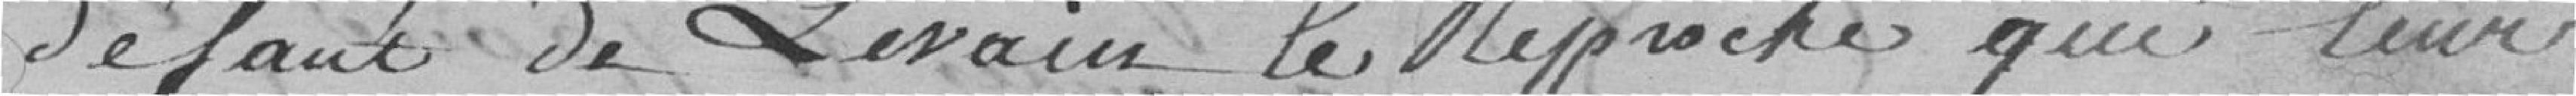
défaut de levain le reproche qui leur